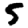
Digit: 5